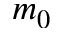
m _ { 0 }